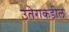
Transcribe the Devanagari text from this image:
उतेराकडील